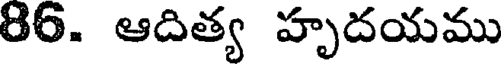
86. ఆదిత్య హృదయము